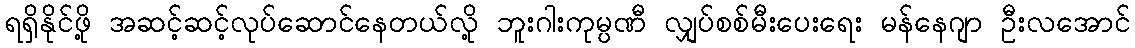
ရရှိနိုင်ဖို့ အဆင့်ဆင့်လုပ်ဆောင်နေတယ်လို့ ဘူးဂါးကုမ္ပဏီ လျှပ်စစ်မီးပေးရေး မန်နေဂျာ ဦးလအောင်